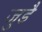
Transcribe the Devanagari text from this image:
जुडै